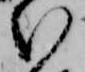
い